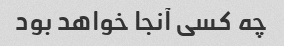
چه کسی آنجا خواهد بود